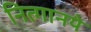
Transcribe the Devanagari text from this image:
नित्‍गानये